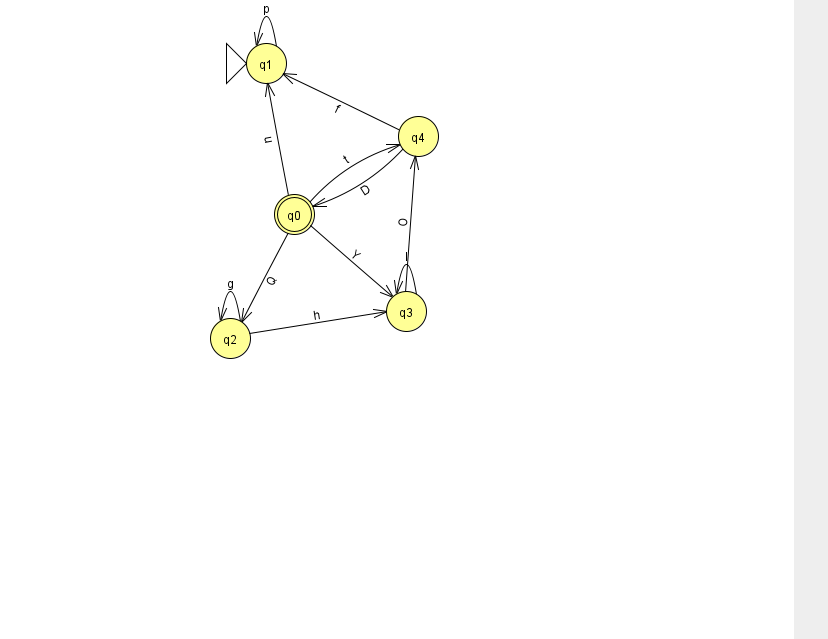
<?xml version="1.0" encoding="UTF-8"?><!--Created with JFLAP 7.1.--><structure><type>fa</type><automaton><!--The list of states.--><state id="0" name="q0"><x>294.0</x><y>201.0</y><final/></state><state id="1" name="q1"><x>266.0</x><y>50.0</y><initial/></state><state id="2" name="q2"><x>230.0</x><y>325.0</y></state><state id="3" name="q3"><x>406.0</x><y>298.0</y></state><state id="4" name="q4"><x>418.0</x><y>123.0</y></state><!--The list of transitions.--><transition><from>0</from><to>1</to><read>u</read></transition><transition><from>1</from><to>1</to><read>p</read></transition><transition><from>4</from><to>1</to><read>f</read></transition><transition><from>0</from><to>4</to><read>t</read></transition><transition><from>2</from><to>3</to><read>h</read></transition><transition><from>4</from><to>0</to><read>D</read></transition><transition><from>2</from><to>2</to><read>g</read></transition><transition><from>0</from><to>3</to><read>Y</read></transition><transition><from>3</from><to>3</to><read>l</read></transition><transition><from>3</from><to>4</to><read>O</read></transition><transition><from>0</from><to>2</to><read>Q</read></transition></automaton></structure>